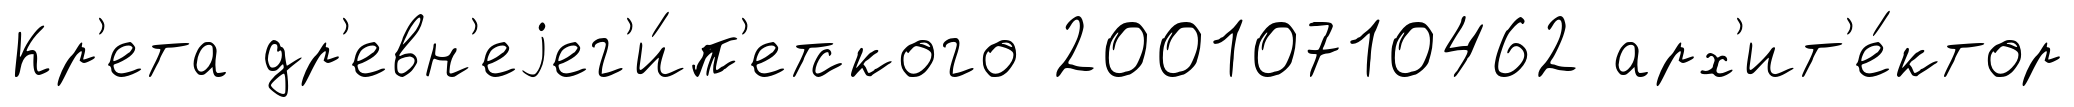
Кр'ета др'евн'еjег'и́п'етского 20010710462 арх'ит'е́ктор